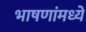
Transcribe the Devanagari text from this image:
भाषणांमध्ये